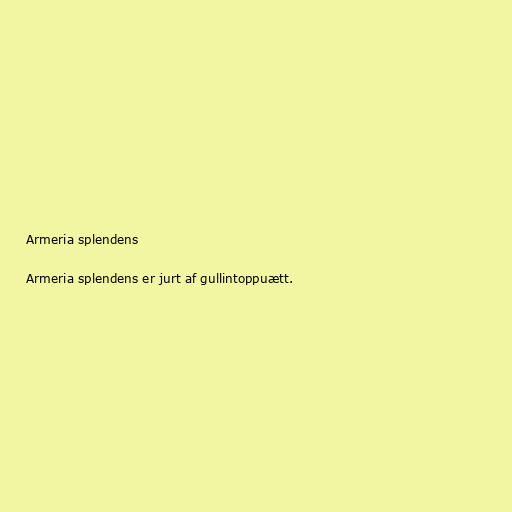
Armeria splendens

Armeria splendens er jurt af gullintoppuætt.